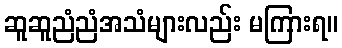
ဆူဆူညံညံအသံများလည်း မကြားရ။